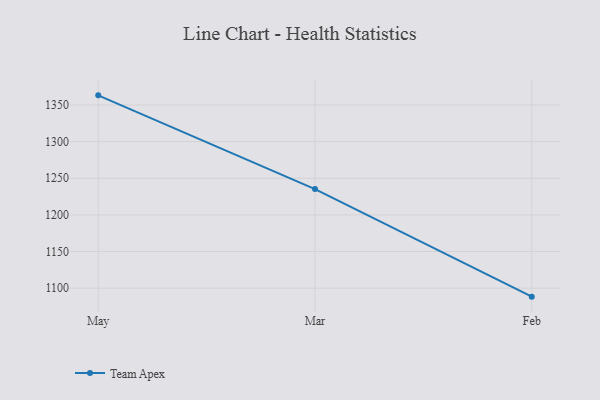
{"axis": {"x": "Month", "y": "Bounce Rate (%)"}, "legend": ["Team Apex"], "data": [{"x": "May", "y": 1363.2, "type": "Team Apex"}, {"x": "Mar", "y": 1235.2, "type": "Team Apex"}, {"x": "Feb", "y": 1088.4, "type": "Team Apex"}]}